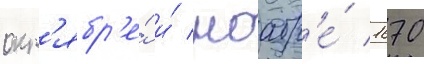
окт'ябр'е́ и́ ноабр'е́ 1670